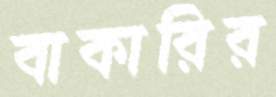
বাকারির